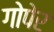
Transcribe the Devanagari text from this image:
गोपेर